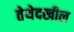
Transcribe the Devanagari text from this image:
तेथेदखील